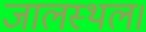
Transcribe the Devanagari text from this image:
जालस्थल।